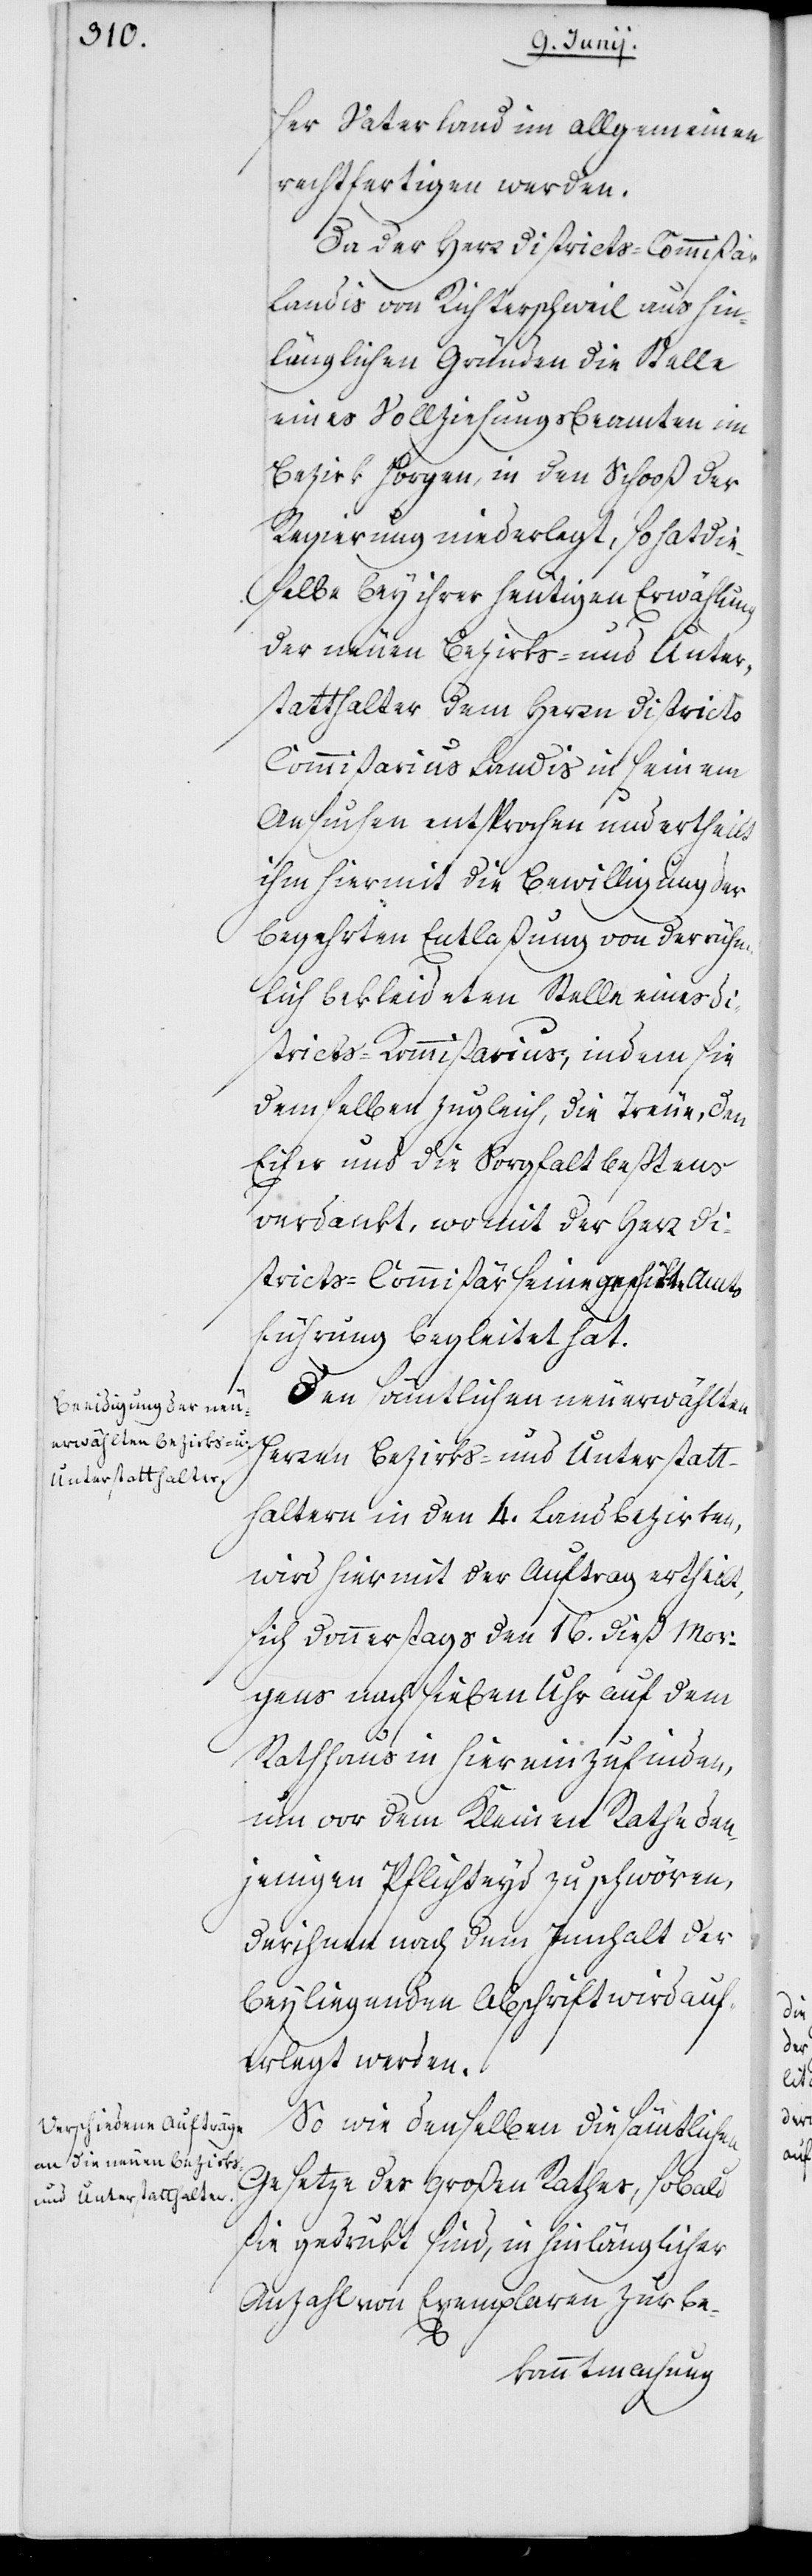
ser Vaterland im Allgemeinen
rechtfertigen werden.
Da der Herr Districts-Commißair
Landis von Richterschweil aus hin¬
länglichen Gründen die Stelle
eines Vollziehungsbeamten im
Bezirk Horgen, in den Schooß der
Regierung niederlegt, so hat die¬
selbe bey ihrer heutigen Erwählung
der neuen Bezirks- und Unter¬
statthalter dem Herrn District¬
s-Commißarius Landis in seinem
Ansuchen entsprochen und ertheilt
ihm hiermit die Bewilligung der
begehrten Entlaßung von der rühm¬
lich bekleideten Stelle eines Di¬
stricts-Kommißarius, indem sie
demselben zugleich, die Treue, den
Eifer und die Sorgfalt beßtens
verdankt, womit der Herr Dis¬
tricts-Commißär seine geschikte Amts¬
führung begleitet hat.
Den sämtlichen neuerwählten
Herren Bezirks- und Unterstatt¬
haltern in den 4. Landbezirken,
wird hiermit der Auftrag ertheilt,
sich Donnerstags den 16. dieß Mor¬
gens nach sieben Uhr auf dem
Rathaus in hier einzufinden,
um vor dem Kleinen Rathe den¬
jenigen Pflichteyd zu schwören,
der ihnen nach dem Innhalt der
beyliegenden Abschrift wird auf¬
erlegt werden.
So wie denselben die sämtlichen
Gesetze des Großen Rathes, sobald
sie gedrukt sind, in hinlänglicher
Anzahl von Exemplaren zur Be-